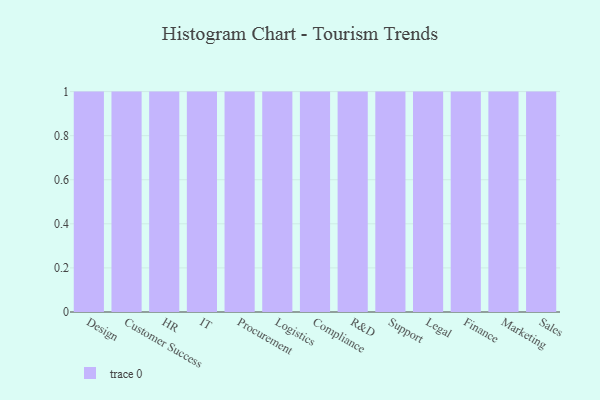
{"axis": {"x": "Department", "y": "Satisfaction Score"}, "legend": [""], "data": [{"x": "Design", "y": 6, "type": ""}, {"x": "Customer Success", "y": 15, "type": ""}, {"x": "HR", "y": 86, "type": ""}, {"x": "IT", "y": 90, "type": ""}, {"x": "Procurement", "y": 95, "type": ""}, {"x": "Logistics", "y": 7, "type": ""}, {"x": "Compliance", "y": 33, "type": ""}, {"x": "R&D", "y": 77, "type": ""}, {"x": "Support", "y": 84, "type": ""}, {"x": "Legal", "y": 75, "type": ""}, {"x": "Finance", "y": 65, "type": ""}, {"x": "Marketing", "y": 8, "type": ""}, {"x": "Sales", "y": 42, "type": ""}]}